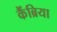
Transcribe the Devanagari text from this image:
कैंब्रिया